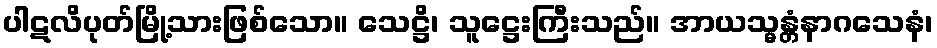
ပါဋလိပုတ်မြို့သားဖြစ်သော။ သေဋ္ဌိ၊ သူဋ္ဌေးကြီးသည်။ အာယသ္မန္တံနာဂသေနံ၊